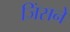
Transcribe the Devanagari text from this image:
जिंसने